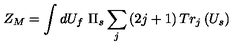
Z _ { M } = \int d U _ { f } \ \Pi _ { s } \sum _ { j } \left( 2 j + 1 \right) T r _ { j } \left( U _ { s } \right)